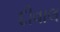
દીવાલ